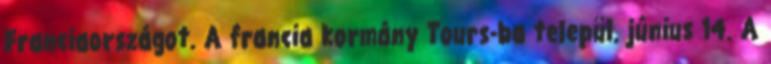
Franciaországot. A francia kormány Tours-ba települ. június 14. A